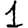
Digit: 1